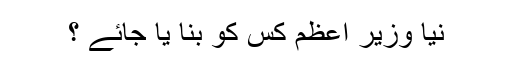
نیا وزیر اعظم کس کو بنا یا جائے ؟